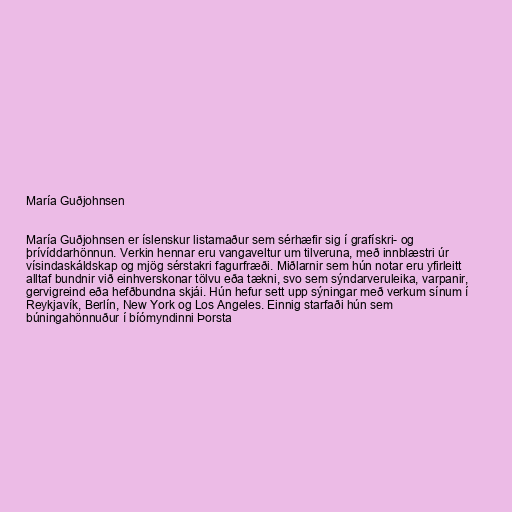
María Guðjohnsen

María Guðjohnsen er íslenskur listamaður sem sérhæfir sig í grafískri- og
þrívíddarhönnun. Verkin hennar eru vangaveltur um tilveruna, með innblæstri úr
vísindaskáldskap og mjög sérstakri fagurfræði. Miðlarnir sem hún notar eru yfirleitt
alltaf bundnir við einhverskonar tölvu eða tækni, svo sem sýndarveruleika, varpanir,
gervigreind eða hefðbundna skjái. Hún hefur sett upp sýningar með verkum sínum í
Reykjavík, Berlín, New York og Los Angeles. Einnig starfaði hún sem
búningahönnuður í bíómyndinni Þorsta